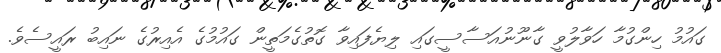
ގައުމު ހިންގުމާ ހަވާލުވީ ގާނޫނުއަސާސީގައި ލިޔެފައިވާ ގޮތުގެމަތީން ގައުމުގެ އެއިރުގެ ނައިބު ރައީސެވެ.